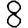
Digit: 8